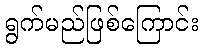
ရွက်မည်ဖြစ်ကြောင်း